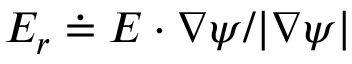
E _ { r } \doteq \boldsymbol { E } \cdot \nabla \psi / | \nabla \psi |